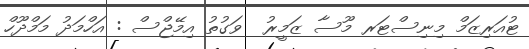
ޓުއަރިޒަމް މިނިސްޓަރ މޫސާ ޒަމީރު  ވަގުތު އިމޭޖްސް : އަހްމަދު މަމްދޫހް